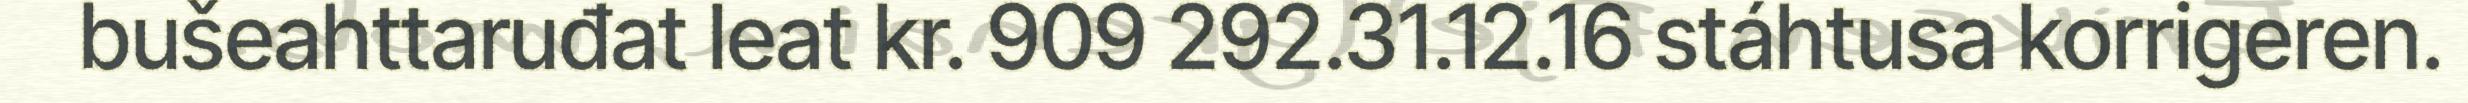
bušeahttaruđat leat kr. 909 292.31.12.16 stáhtusa korrigeren.